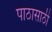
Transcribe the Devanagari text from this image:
पाठासाठी